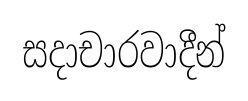
සදාචාරවාදීන්